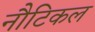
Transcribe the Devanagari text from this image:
नौटिकल